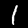
Label: 1